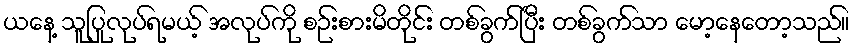
ယနေ့ သူပြုလုပ်ရမယ့် အလုပ်ကို စဉ်းစားမိတိုင်း တစ်ခွက်ပြီး တစ်ခွက်သာ မော့နေတော့သည်။